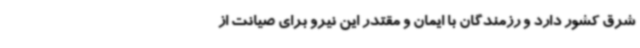
شرق کشور دارد و رزمندگان با ایمان و مقتدر این نیرو برای صیانت از